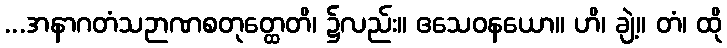
...အနာဂတံသဉာဏစတုတ္ထေတိ၊ ၌လည်း။ ဧသေဝနယော။ ဟိ၊ ချဲ့။ တံ၊ ထို